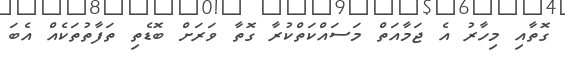
ގޮތާއި މިހާރު އެ ޖަމާއަތް މަސައްކަތްކުރާ ގޮތާ ވަރަށް ބޮޑެތި ތަފާތުތަކެއް އެބަ